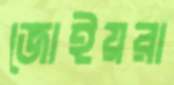
জোইয়রা